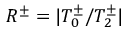
R ^ { \pm } = | T _ { 0 } ^ { \pm } / T _ { 2 } ^ { \pm } |